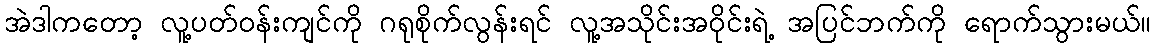
အဲဒါကတော့ လူ့ပတ်ဝန်းကျင်ကို ဂရုစိုက်လွန်းရင် လူ့အသိုင်းအဝိုင်းရဲ့ အပြင်ဘက်ကို ရောက်သွားမယ်။